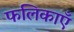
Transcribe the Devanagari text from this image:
फलिकाएँ